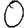
Digit: 0